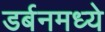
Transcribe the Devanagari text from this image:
डर्बनमध्ये